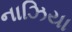
નાઝિયા